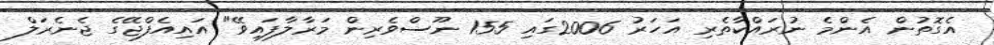
އެގޮތުން އެންމެ ނުރައްކާތެރި އަހަރު 2006ގައި 155 ނޫސްވެރިން މަރާލާފައިވޭ" އައިއެފްޖޭގެ ޖެނެރަލް